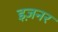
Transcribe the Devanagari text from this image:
इज़नर